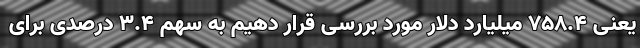
یعنی 758.4 میلیارد دلار مورد بررسی قرار دهیم به سهم 3.4 درصدی برای